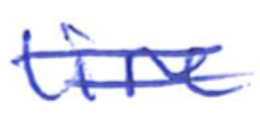
Text: line
Cross-out: double-line
Writing tool: ballpoint